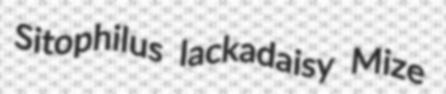
Sitophilus lackadaisy Mize